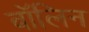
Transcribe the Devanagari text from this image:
बॉलिन